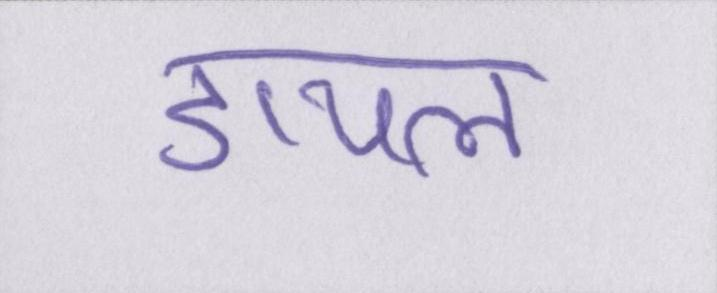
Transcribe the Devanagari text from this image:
डायल